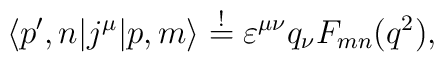
\langle p^\prime, n| j^\mu | p, m \rangle\stackrel{!}{=} \varepsilon^{\mu \nu}q_\nu F_{mn}(q^2),